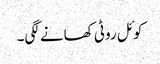
کوئل روٹی کھانے لگی۔